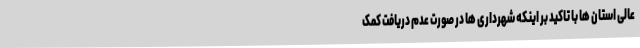
عالی استان ها با تاکید بر اینکه شهرداری ها در صورت عدم دریافت کمک